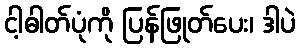
ငါ့ဓါတ်ပုံကို ပြန်ဖြုတ်ပေး၊ ဒါပဲ